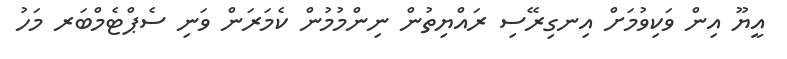
އީޔޫ އިން ވަކިވުމަށް އިނގިރޭސި ރައްޔިތުން ނިންމުމުން ކެމަރަން ވަނި ސެޕްޓެމްބަރ މަހު